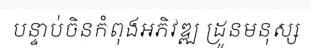
បន្ទាប់ចិនកំពុងអភិវឌ្ឍ ដ្រូនមនុស្ស